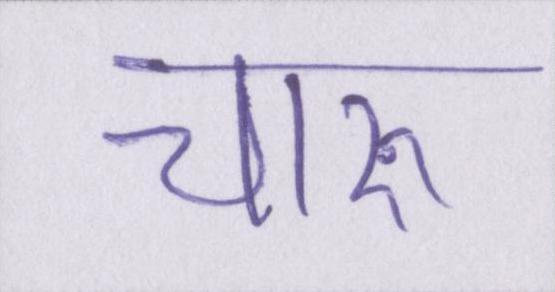
चारु